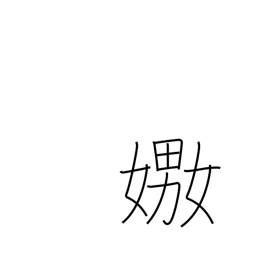
Meaning: play with